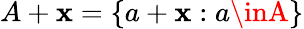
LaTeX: A+\mathbf{x}=\{ a+\mathbf{x}:a\inA\}